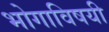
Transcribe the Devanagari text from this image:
भोगाविषयी